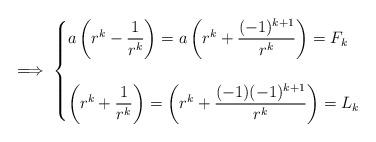
LaTeX: \begin{align*} \implies\begin{cases}a\left(r^k-\dfrac{1}{r^k}\right)=a\left(r^k+\dfrac{(-1)^{k+1}}{r^k}\right)=F_k \\ &\\\left(r^k+\dfrac{1}{r^k}\right)=\left(r^k+\dfrac{(-1)(-1)^{k+1}}{r^k}\right)=L_k\end{cases} \end{align*}